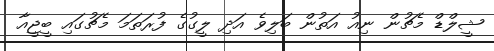
ޝީލްޑް މެޗުން ނިއު އަތުން ބަލިވެ އަދި ލީގުގެ ފުރަތަމަ މެޗުގައި ބީޖީއާ